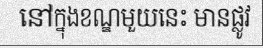
នៅក្នុងខណ្ឌមួយនេះ មានផ្លូវ